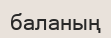
баланың